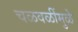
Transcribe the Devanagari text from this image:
चळवळींमुळे